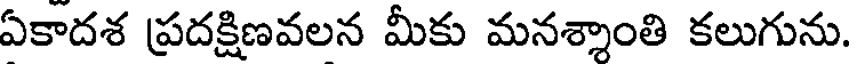
ఏకాదశ ప్రదక్షిణవలన మీకు మనశ్శాంతి కలుగును.